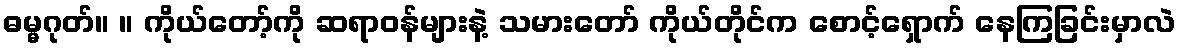
ဓမ္မဂုတ်။ ။ ကိုယ်တော့်ကို ဆရာဝန်များနဲ့ သမားတော် ကိုယ်တိုင်က စောင့်ရှောက် နေကြခြင်းမှာလဲ